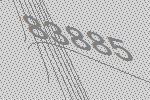
83885